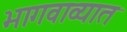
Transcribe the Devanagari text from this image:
भागवाव्यात